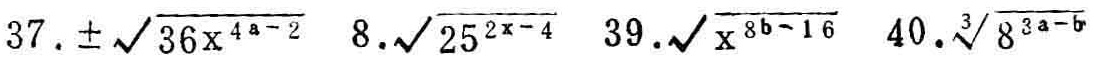
37. $\pm\sqrt{36x^{4a - 2}}$  8. $\sqrt{25^{2x - 4}}$  39. $\sqrt{x^{8b - 16}}$  40. $\sqrt[3]{8^{3a - b}}$